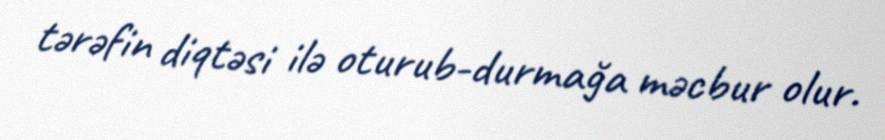
tərəfin diqtəsi ilə oturub-durmağa məcbur olur.